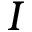
I